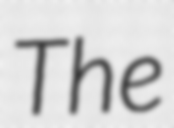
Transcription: The